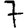
Digit: 7